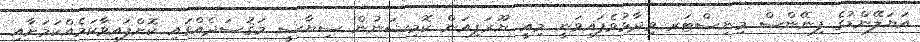
އަޔަލޭންޑުގެ ފިނޭންސް މިނިސްޓަރ ވިދާޅުވެފައިވަނީ މިއީ ޔޫރަޕިއަން ކޮމިޝަނުން ސިޔާސީ މަޤުސަދެއްގައި ކޮށްފައިވާކަމެއްކަމަށާއި